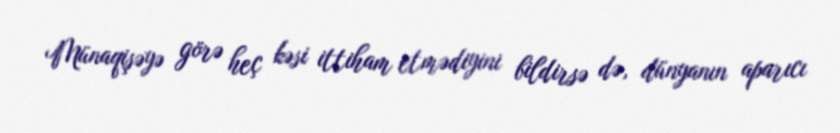
Münaqişəyə görə heç kəsi ittiham etmədiyini bildirsə də, dünyanın aparıcı